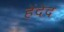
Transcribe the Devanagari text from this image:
हेंदेद